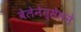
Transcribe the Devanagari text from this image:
बेलेनेन्सेसने